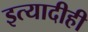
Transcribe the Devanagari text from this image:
इत्यादीही